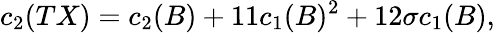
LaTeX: c_{2}(TX)=c_{2}(B)+11c_{1}(B)^{2}+12\sigma c_{1}(B),